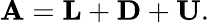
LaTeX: \mathbf{A}=\mathbf{L}+\mathbf{D}+\mathbf{U}.